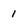
Character: 1